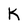
Character: K